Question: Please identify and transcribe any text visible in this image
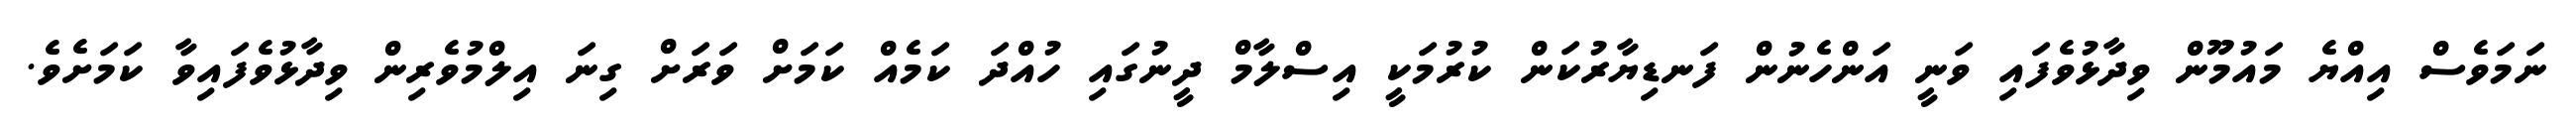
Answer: ނަމަވެސް އިއްޔެ މައުމޫން ވިދާޅުވެފައި ވަނީ އަންހެނުން ފަނޑިޔާރުކަން ކުރުމަކީ އިސްލާމް ދީނުގައި ހުއްދަ ކަމެއް ކަމަށް ވަރަށް ގިނަ އިލްމުވެރިން ވިދާޅުވެފައިވާ ކަމަށެވެ.